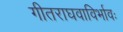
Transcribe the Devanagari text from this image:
गीतराघवाविर्भावः